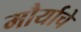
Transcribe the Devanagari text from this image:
मौर्याचे